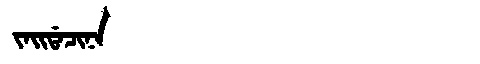
Manchu: ᠵᠠᡳᡩᠠᠴᡳᠨᠠ
Romanization: JAIDACINA